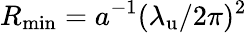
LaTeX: R_{\operatorname*{min}}=a^{-1}({\lambda_{\mathrm{u}}}/2\pi)^{2}